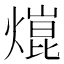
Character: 熴